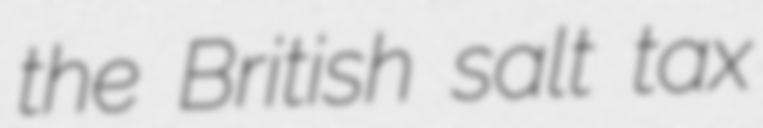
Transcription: the British salt tax